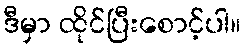
ဒီမှာ ထိုင်ပြီးစောင့်ပါ။